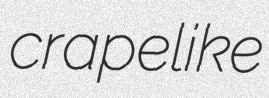
crapelike